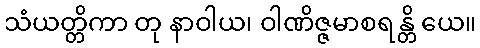
သံယတ္တိကာ တု နာဝါယ၊ ဝါဏိဇ္ဇမာစရန္တိ ယေ။